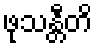
ဖုသန္တီတိ